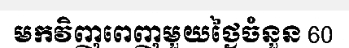
មកវិញពេញមួយថ្ងៃចំនួន 60